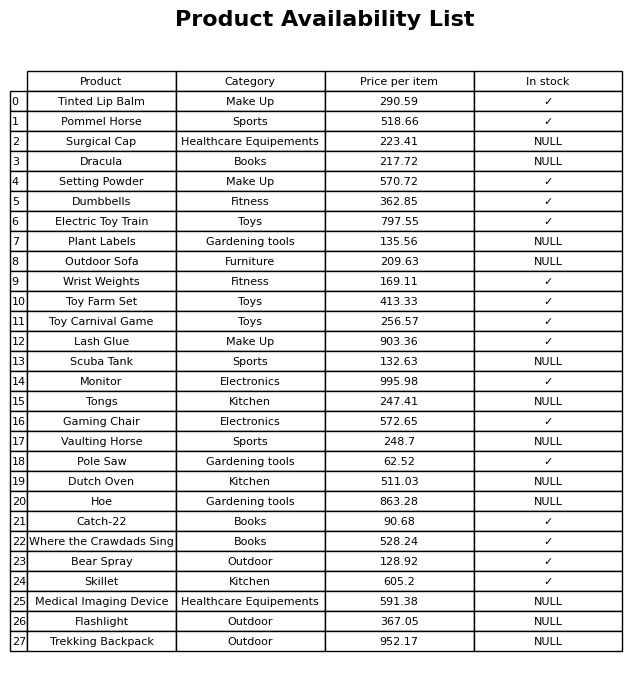
question: What is the price of the Monitor?
answer: The price of Monitor is 995.98.